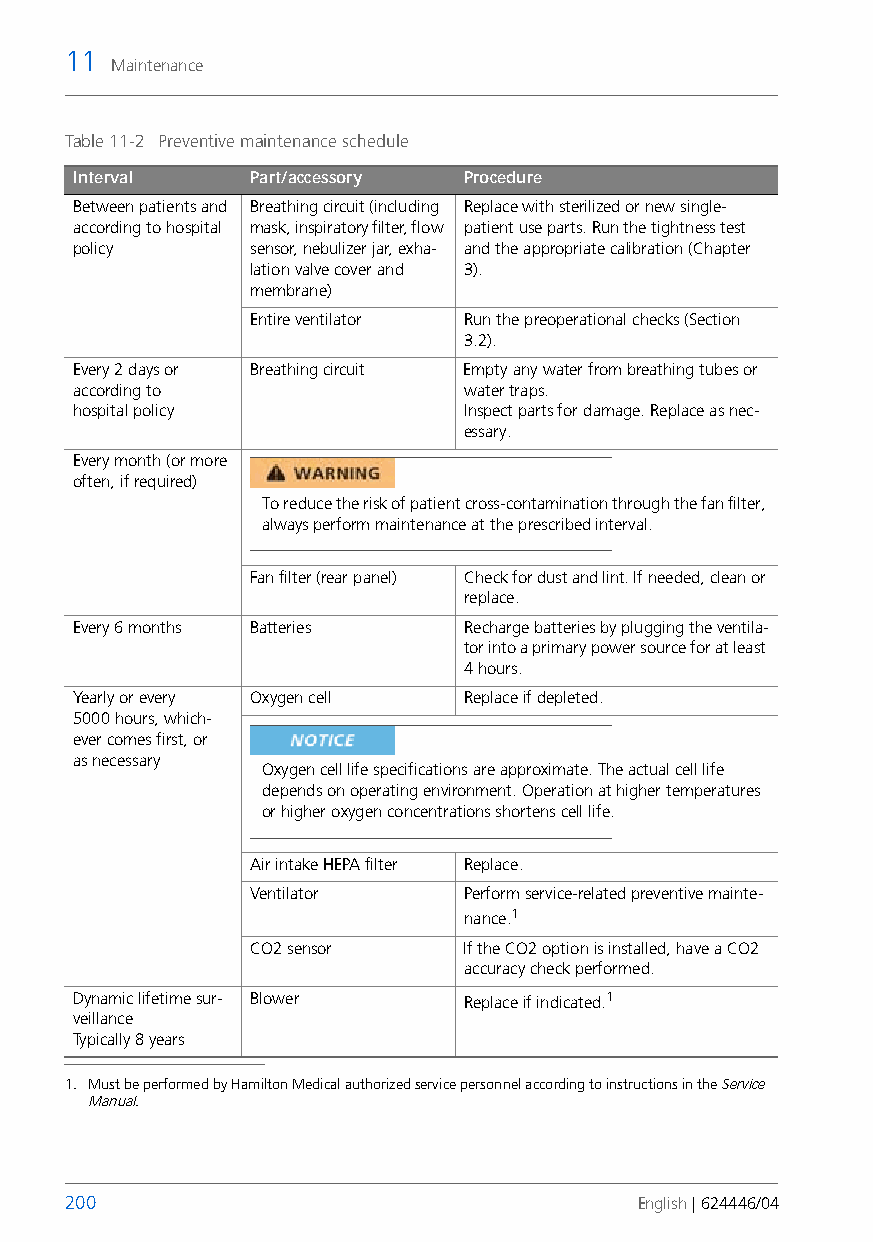
11
 Maintenance
 Table 11-2 Preventive maintenance schedule
 Interval    Part/accessory Procedure
 Between patients and Breathing circuit (including Replace with sterilized or newsingle-
 according to hospital mask, inspiratory filter, flow patient use parts. Run the tightness test
 policy      sensor, nebulizer jar, exha- and theappropriate calibration (Chapter
 lation valve cover and 3).
 membrane)
 Entire ventilator Run the preoperational checks (Section
 3.2).
 Every 2 days or Breathing circuit Empty any water from breathing tubes or
 according to              water traps.
 hospitalpolicy            Inspect parts for damage. Replace as nec-
 essary.
 Every month (ormore
 often, ifrequired)
 To reduce the risk of patient cross-contamination through the fan filter,
 always perform maintenance at the prescribed interval.
 Fan filter (rear panel) Check for dust and lint. If needed, clean or
 replace.
 Every 6 months Batteries  Recharge batteries by plugging the ventila-
 tor into a primary power source for at least
 4 hours.
 Yearly or every Oxygen cell Replace if depleted.
 5000hours, which-
 ever comesfirst, or
 asnecessary
 Oxygen cell life specifications are approximate. The actual cell life
 depends on operating environment. Operation at higher temperatures
 or higher oxygen concentrations shortens cell life.
 Air intake HEPA filter Replace.
 Ventilator    Perform service-related preventive mainte-
 nance.1
 CO2 sensor    If the CO2 option is installed, have a CO2
 accuracy check performed.
 Dynamic lifetime sur- Blower Replace if indicated.1
 veillance
 Typically 8 years
 1. Must be performed by Hamilton Medical authorized service personnel according to instructions in the Service
 Manual.
 200                                   English | 624446/04